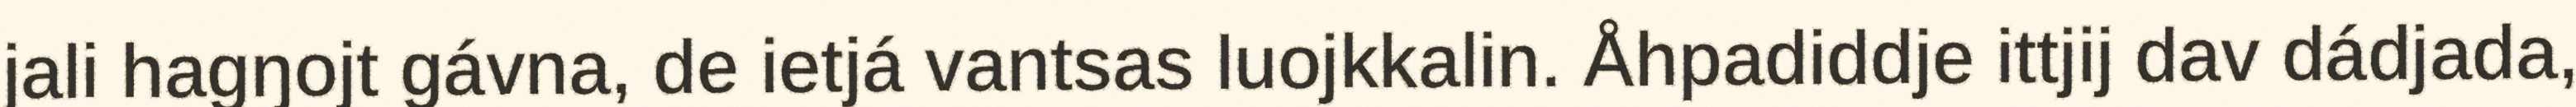
jali hagŋojt gávna, de ietjá vantsas luojkkalin. Åhpadiddje ittjij dav dádjada,